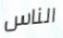
الناس